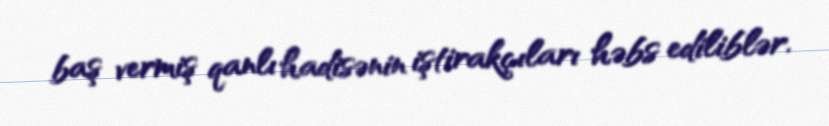
baş vermiş qanlı hadisənin iştirakçıları həbs ediliblər.